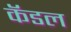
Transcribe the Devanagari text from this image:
कॅडल